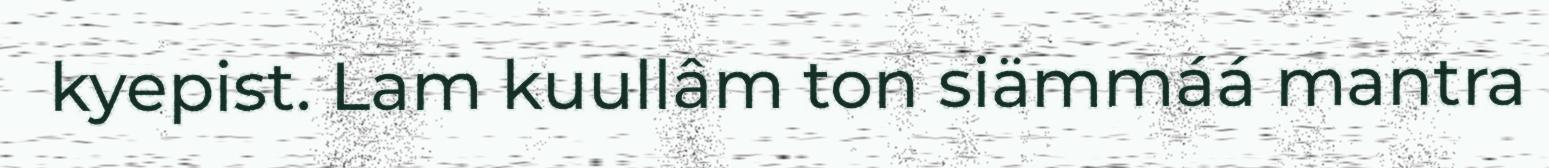
kyepist. Lam kuullâm ton siämmáá mantra